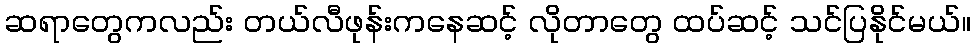
ဆရာတွေကလည်း တယ်လီဖုန်းကနေဆင့် လိုတာတွေ ထပ်ဆင့် သင်ပြနိုင်မယ်။